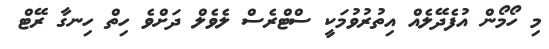
މި ހޯމޯން އުފެދޭލެއް އިތުރުވުމަކީ ސްޓްރެސް ލެވެލް ދަށްވެ ހިތް ހިނގާ ރޭޓް